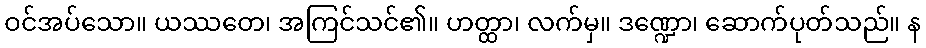
ဝင်အပ်သော။ ယဿတေ၊ အကြင်သင်၏။ ဟတ္ထာ၊ လက်မှ။ ဒဏ္ဍော၊ ဆောက်ပုတ်သည်။ န